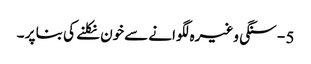
5 - سنگی وغیرہ لگوانے سےخون نکلنے کی بنا پر ۔